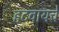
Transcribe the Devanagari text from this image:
हटवायचे